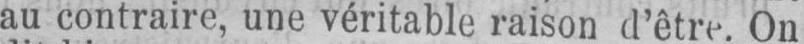
au contraire, une véritable raison d’être. On